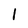
Character: l